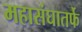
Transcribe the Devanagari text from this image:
महासंघातर्फे